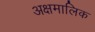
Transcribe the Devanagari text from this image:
अक्षमालिक